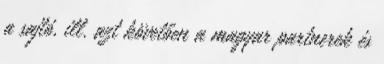
a sajtó, ill. azt követően a magyar partnerek és